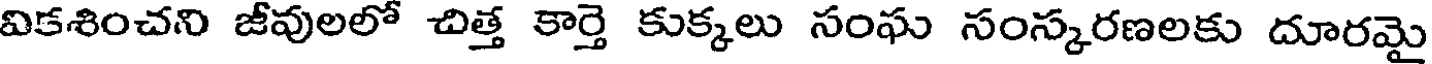
వికశించని జీవులలో చిత్త కార్తె కుక్కలు సంఘ సంస్కరణలకు దూరమై